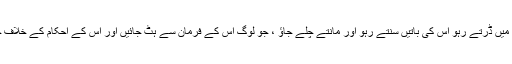
اللہ تعالیٰ سے اپنے سب کاموں میں ڈرتے رہو اس کی باتیں سنتے رہو اور مانتے چلے جاؤ ، جو لوگ اس کے فرمان سے ہٹ جائیں اور اس کے احکام کے خلاف چلیں وہ راہ راست نہیں پاتے ‘ ۔